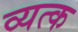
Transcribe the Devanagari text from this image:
व्यत्क